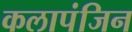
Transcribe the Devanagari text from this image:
कलापंजिन